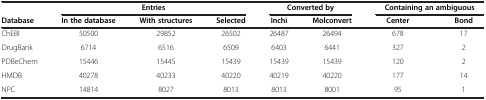
|  | <COLSPAN=3> Entries | <COLSPAN=2> Converted by | <COLSPAN=2> Containing an ambiguous |
 | Database | In the database | With structures | Selected | Inchi | Molconvert | Center | Bond |
 | --- | --- | --- | --- | --- | --- | --- | --- |
 | ChEBI | 50500 | 29852 | 26502 | 26487 | 26494 | 678 | 17 |
 | DrugBank | 6714 | 6516 | 6509 | 6403 | 6441 | 327 | 2 |
 | PDBeChem | 15446 | 15445 | 15439 | 15439 | 15439 | 120 | 2 |
 | HMDB | 40278 | 40233 | 40220 | 40219 | 40220 | 177 | 14 |
 | NPC | 14814 | 8027 | 8013 | 8013 | 8001 | 95 | 1 |